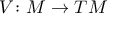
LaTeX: V \colon M \to T M